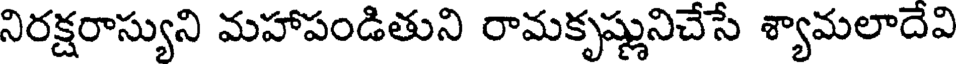
నిరక్షరాస్యుని మహాపండితుని రామకృష్ణునిచేసే శ్యామలాదేవి